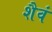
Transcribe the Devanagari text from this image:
शैवं